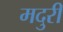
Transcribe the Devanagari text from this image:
मदुरी